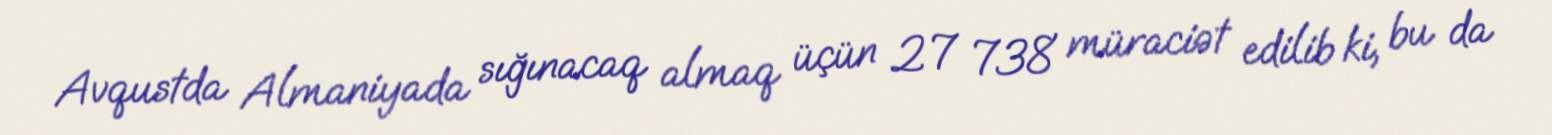
Avqustda Almaniyada sığınacaq almaq üçün 27 738 müraciət edilib ki, bu da